Leaving Certificate Examination (including Day School Certificate (Higher) General paper), 1931
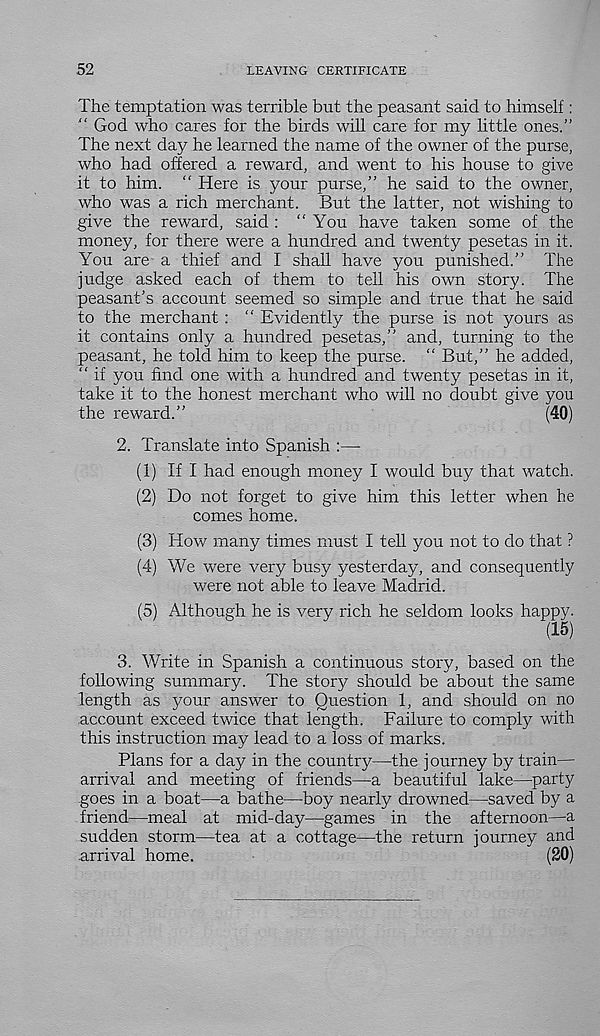
52
LEAVING CERTIFICATE
The temptation was terrible but the peasant said to himself:
“ God who cares for the birds will care for my little ones.”
The next day he learned the name of the owner of the purse,
who had offered a reward, and went to his house to give
it to him. “ Here is your purse,” he said to the owner,
who was a rich merchant. But the latter, not wishing to
give the reward, said : ‘‘You have taken some of the
money, for there were a hundred and twenty pesetas in it.
You are a thief and I shall have you punished.” The
judge asked each of them to tell his own story. The
peasant’s account seemed so simple and true that he said
to the merchant: “ Evidently the purse is not yours as
it contains only a hundred pesetas,” and, turning to the
peasant, he told him to keep the purse. “ But,” he added,
“ if you find one with a hundred and twenty pesetas in it,
take it to the honest merchant who will no doubt give you
the reward.
(40)
2. Translate into Spanish :—
(1) If I had enough money I would buy that watch.
(2) Do not forget to give him this letter when he
comes home.
(3) How many times must I tell you not to do that ?
(4) We were very busy yesterday, and consequently
were not able to leave Madrid.
(5) Although he is very rich he seldom looks happy.
(15)
3. Write in Spanish a continuous story, based on the
following summary. The story should be about the same
length as your answer to Question 1, and should on no
.account exceed twice that length. Failure to comply with
this instruction may lead to a loss of marks.
Plans for a day in the country—the journey by train—
arrival and meeting of friends—a beautiful lake—party
goes in a boat—a bathe—boy nearly drowned—saved by a
friend—meal at mid-day—games in the afternoon—a
sudden storm—tea at a cottage—the return journey and
.arrival home.
(SO)